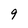
Character: 9